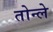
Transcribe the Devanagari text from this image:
तोन्ले